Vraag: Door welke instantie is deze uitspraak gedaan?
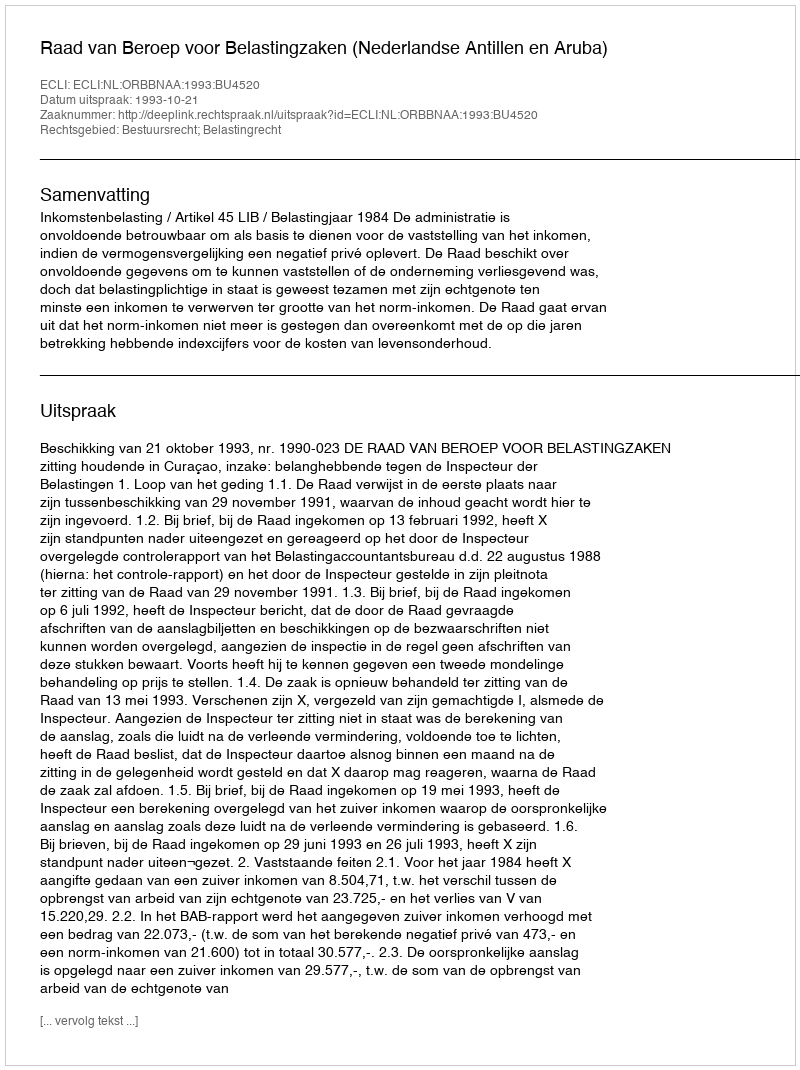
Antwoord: Raad van Beroep voor Belastingzaken (Nederlandse Antillen en Aruba)